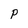
Character: P